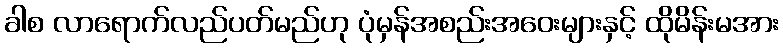
ခါစ လာရောက်လည်ပတ်မည်ဟု ပုံမှန်အစည်းအဝေးများနှင့် ထိုမိန်းမအား